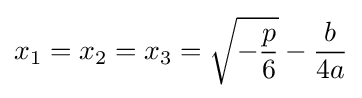
x_{1}=x_{2}=x_{3}={\sqrt {-{\frac {p}{6}}}}-{\frac {b}{4a}}